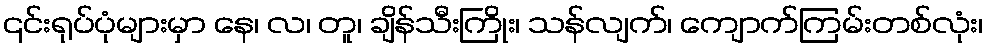
၎င်းရုပ်ပုံများမှာ နေ၊ လ၊ တူ၊ ချိန်သီးကြိုး၊ သန်လျက်၊ ကျောက်ကြမ်းတစ်လုံး၊